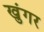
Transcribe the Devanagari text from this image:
खुंगर